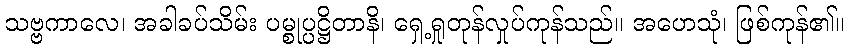
သဗ္ဗကာလေ၊ အခါခပ်သိမ်း ပမ္စုပ္ပဋ္ဌိတာနိ၊ ရှေ့ရှုတုန်လှုပ်ကုန်သည်။ အဟေသုံ၊ ဖြစ်ကုန်၏။